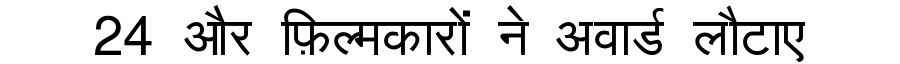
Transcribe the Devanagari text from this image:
24 और फ़िल्मकारों ने अवार्ड लौटाए